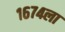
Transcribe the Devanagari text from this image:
१६७४ला